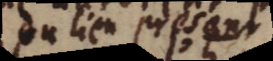
du lieu present